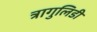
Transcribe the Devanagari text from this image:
त्रागुलिडी